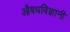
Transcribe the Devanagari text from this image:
औषधविज्ञानी